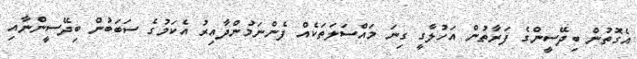
އެގޮތުން ބިދޭސީންގެ ފަރާތުން އަހުލާގީ ގިނަ މައްސަލަތަކެއް ފެންނަމުންދާއިރު އެކަމުގެ ސަބަބުން ބިދޭސީންނާއި